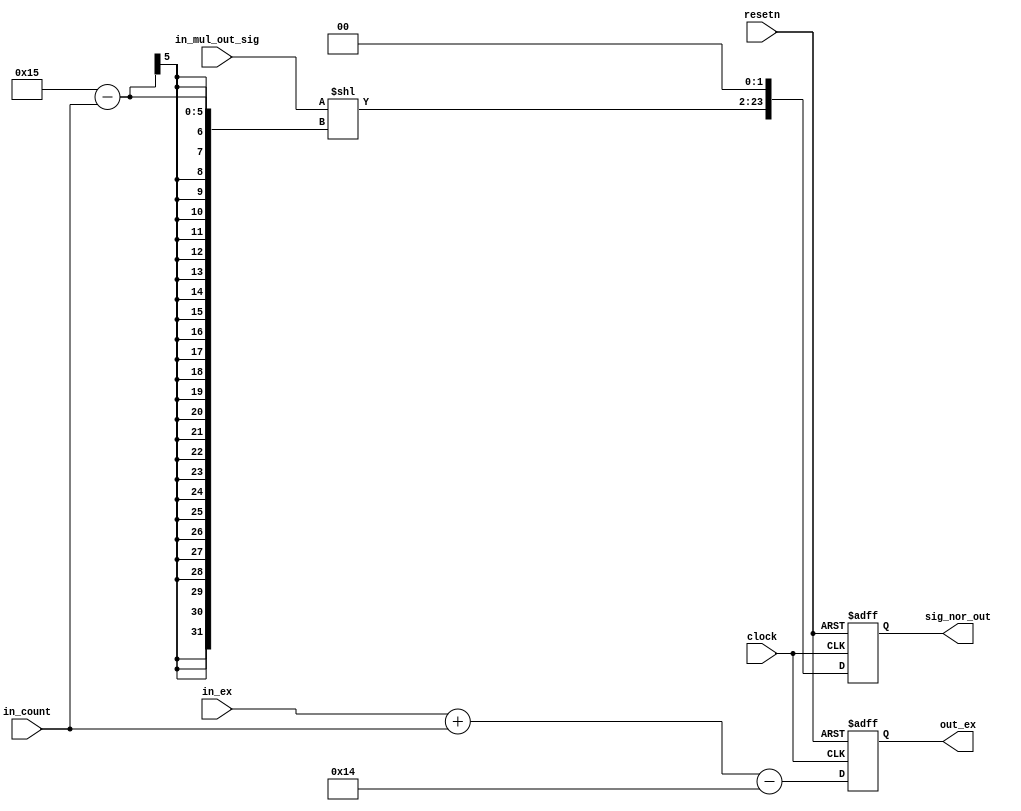
module sg_normalizer(clock, resetn, in_ex, in_mul_out_sig, in_count, out_ex, sig_nor_out);
		input clock, resetn;
		
		input [7:0] in_ex;
		input [21:0] in_mul_out_sig;
		input [4:0] in_count;
		
		output reg [7:0] out_ex;
		output reg [23:0] sig_nor_out;
		
		wire [21:0] temp_sig = in_mul_out_sig << (21-in_count);
		
		always@(posedge clock, negedge resetn) begin
		if(!resetn) begin
			out_ex <= 0;
			sig_nor_out <=0;
		end
		else begin
			out_ex <= in_ex + in_count - 20;
			sig_nor_out <= {temp_sig, 2'b00};
		end
	end
		
		

endmodule